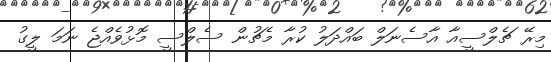
މިރޭ ޗެލްސީއާ އާސެނަލް ބައްދަލު ކުރާ މެޗުން ސެލްސީ މޮޅުވެއްޖެ ނަމަ ލީގު